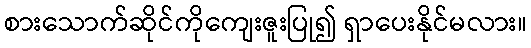
စားသောက်ဆိုင်ကိုကျေးဇူးပြု၍ ရှာပေးနိုင်မလား။